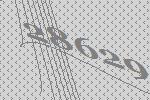
28629